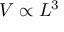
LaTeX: V \propto L ^ { 3 }